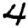
Digit: 4